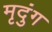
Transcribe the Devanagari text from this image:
मृदुंग